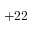
+ 2 2